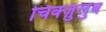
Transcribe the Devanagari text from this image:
चिक्ज़ुलुब